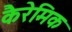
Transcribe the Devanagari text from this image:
कैरेमिक